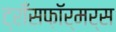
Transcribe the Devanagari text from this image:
ट्राँसफ़ॉर्मर्स